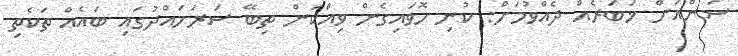
ސަންއަށް ޚަބަރެއް ދެއްވުމަށް: ކުނި ހޮވައިގެން ވިއްކަން ތިބޭ ސަރަހައްދުގައި ބައެއް ތަކެތި